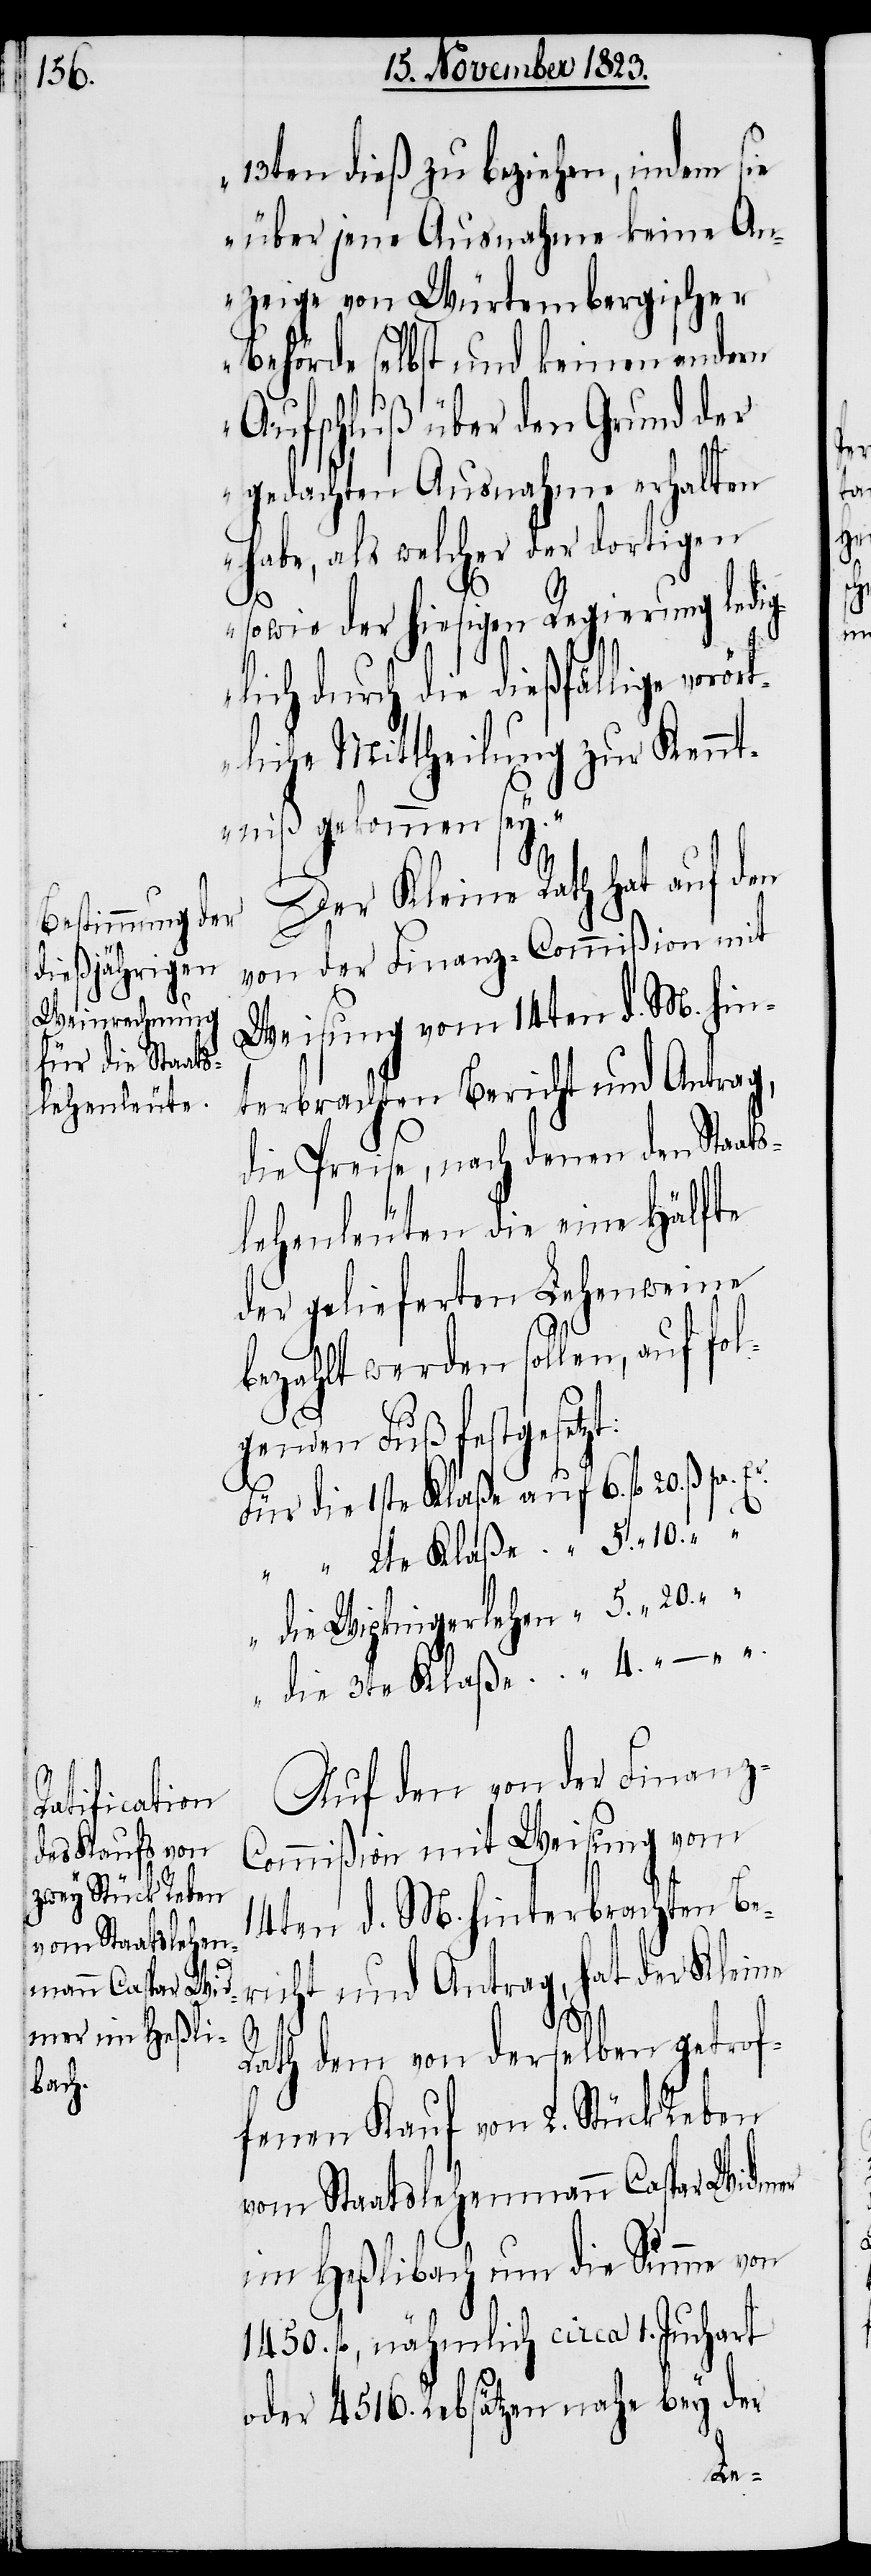
13ten dieß zu beziehen, indem sie
über jene Ausnahme keine An¬
zeige von Würtembergischer
Behörde selbst und keinen andern
Aufschluß über den Grund der
gedachten Ausnahme erhalten
habe, als welcher der dortigen
4.
sowie der hiesigen Regierung ledig¬
lich durch die dießfällige vorör¬
tliche Mittheilung zur Kennt¬
niß gekommen sey.“
Der Kleine Rath hat auf den
von der Finanz-Commißion mit
Weisung vom 14ten d. M. hin¬
terbrachten Bericht und Antrag,
die Preise, nach denen den Staats¬
lehenleuten die eine Hälfte
der gelieferten Lehenweine
bezahlt werden sollen, auf fol¬
genden Fuß festgesetzt:
die Wipkingerlehen
Auf den von der Finanz-C¬
ommißion mit Weisung vom
die 3te
14ten d. M. hinterbrachten Be¬
richt und Antrag, hat der Kleine
dem von derselben getrof¬
Rath
fenen Kauf von 2. Stück Reben
vom Staatslehenmann Caspar Widmer
im Heßlibach um die Summe von
1450. fl, nähmlich circa 1. Juchart
oder 4516. Rebsätzen nahe bey der
Für